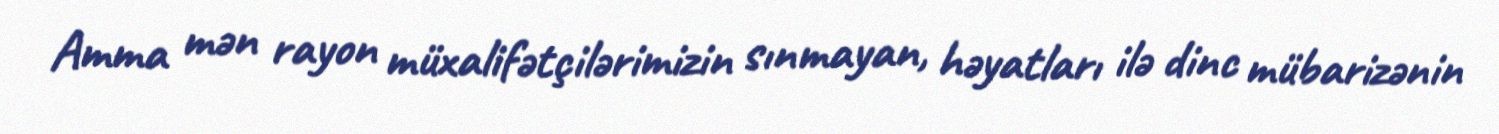
Amma mən rayon müxalifətçilərimizin sınmayan, həyatları ilə dinc mübarizənin